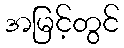
အမြင့်တွင်